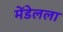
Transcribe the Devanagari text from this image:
मेंडेलला